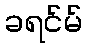
ခရင်မ်